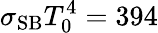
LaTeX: \sigma_{\mathrm{SB}}T_{0}^{4}=394